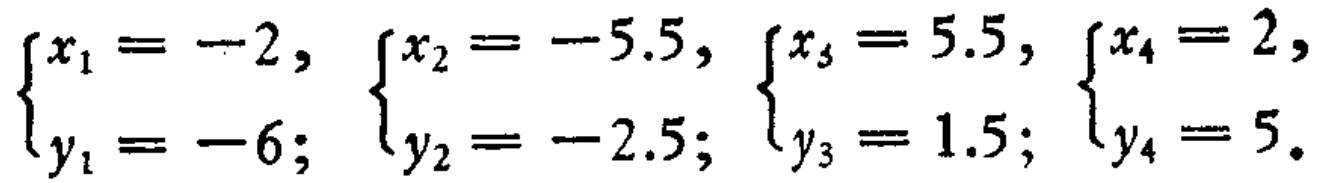
\(\begin{cases}x_{1}=-2, \\y_{1}=-6;\end{cases}\begin{cases}x_{2}=-5.5, \\y_{2}=-2.5;\end{cases}\begin{cases}x_{3}=5.5, \\y_{3}=1.5;\end{cases}\begin{cases}x_{4}=2, \\y_{4}=5.\end{cases}\)